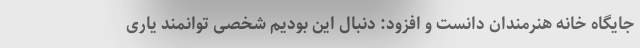
جایگاه خانه هنرمندان دانست و افزود: دنبال این بودیم شخصی توانمند یاری